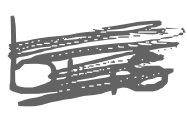
Text: bus
Cross-out: scratch
Writing tool: digital_gray